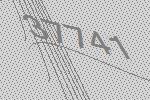
37741